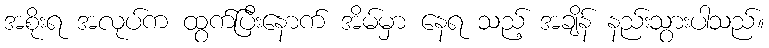
အစိုးရ အလုပ်က ထွက်ပြီးနောက် အိမ်မှာ နေရ သည့် အချိန် နည်းသွားပါသည်။